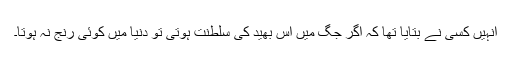
انہیں کسی نے بتایا تھا کہ اگر جگ میں اْس بھید کی سلطنت ہوتی تو دنیا میں کوئی رنج نہ ہوتا۔